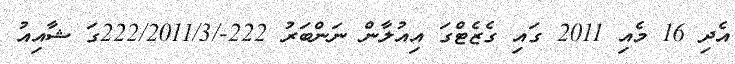
އެދި 16 މެއި 2011 ގައި ގެޒެޓްގަ އިއުލާން ނަންބަރު 222-/222/2011/3ގަ ޝާއިއު